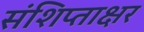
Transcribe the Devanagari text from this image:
संशिप्ताक्षर